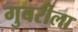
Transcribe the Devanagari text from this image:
गुबरीला